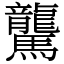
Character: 驡